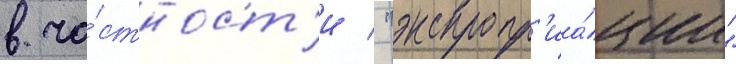
в ча́стност'и / "экспропр'иа́ции"